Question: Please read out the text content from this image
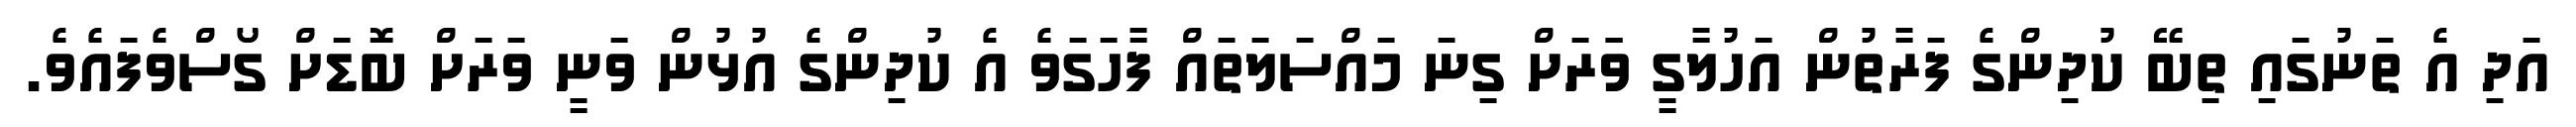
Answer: އަދި އެ ތަނުގައި ތިބޭ ކުދިންގެ ފަރާތުން އަހުލާގީ ވަަރަށް ގިނަ މައްސަލަތައް ފާހަގަވެ އެ ކުދިންގެ އުޅުން ވަނީ ވަރަށް ބޮޑަށް ގޯސްވެފައެވެ.